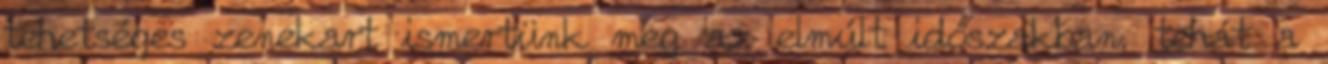
tehetséges zenekart ismertünk meg az elmúlt időszakban, tehát a